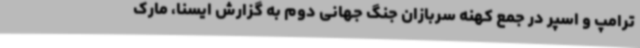
ترامپ و اسپر در جمع کهنه سربازان جنگ جهانی دوم به گزارش ایسنا، مارک